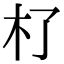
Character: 𣎸